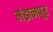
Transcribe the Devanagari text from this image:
मंझनपूर